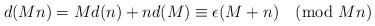
LaTeX: \begin{align*}d(Mn)=Md(n)+nd(M)\equiv \epsilon (M+n)\pmod{Mn}\end{align*}